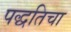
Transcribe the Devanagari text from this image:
पद्धतिचा